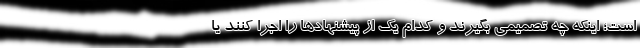
است؛ اینکه چه تصمیمی بگیرند و کدام یک از پیشنهاد‌ها را اجرا کنند یا